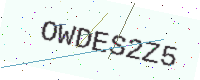
Text: OWDES2Z5